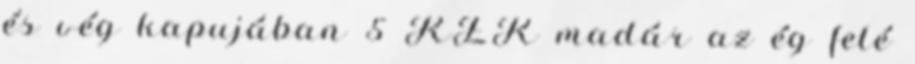
és vég kapujában 5 KÉK madár az ég felé